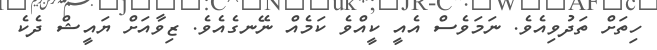
ހިތަށް ތަދުވިއެވެ. ނަމަވެސް އެއީ ކީއްވެ ކަމެއް ނޭނގެއެވެ. ޒިވާއަށް ޔައީޝް ދެކެ